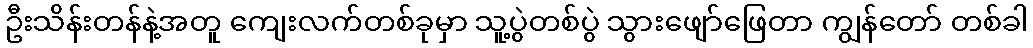
ဦးသိန်းတန်နဲ့အတူ ကျေးလက်တစ်ခုမှာ သူ့ပွဲတစ်ပွဲ သွားဖျော်ဖြေတာ ကျွန်တော် တစ်ခါ